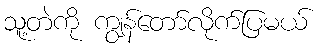
သူ့တဲကို ကျွန်တော်လိုက်ပြမယ်